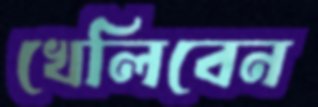
খেলিবেন